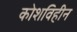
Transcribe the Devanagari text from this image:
कोशविहीन